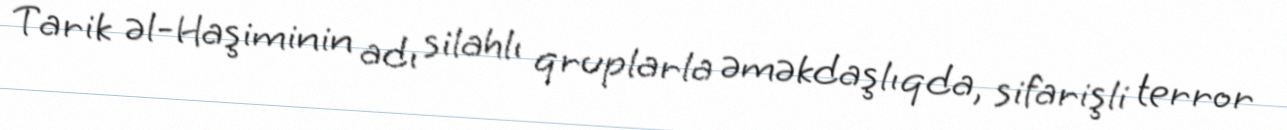
Tarik əl-Haşiminin adı silahlı qruplarla əməkdaşlıqda, sifarişli terror